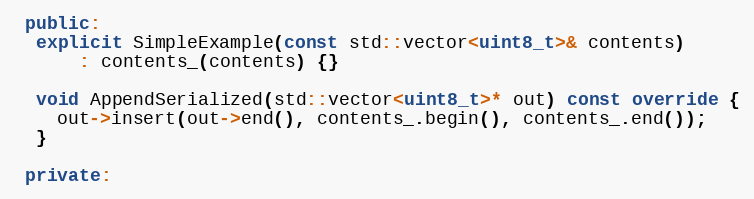
Language: C++
 public:
  explicit SimpleExample(const std::vector<uint8_t>& contents)
      : contents_(contents) {}

  void AppendSerialized(std::vector<uint8_t>* out) const override {
    out->insert(out->end(), contents_.begin(), contents_.end());
  }

 private: